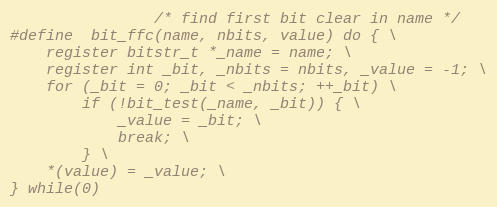
Language: C
				/* find first bit clear in name */
#define	bit_ffc(name, nbits, value) do { \
	register bitstr_t *_name = name; \
	register int _bit, _nbits = nbits, _value = -1; \
	for (_bit = 0; _bit < _nbits; ++_bit) \
		if (!bit_test(_name, _bit)) { \
			_value = _bit; \
			break; \
		} \
	*(value) = _value; \
} while(0)